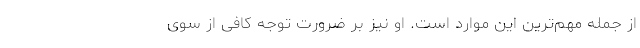
از جمله مهم‌ترین این موارد است. او نیز بر ضرورت توجه کافی از سوی